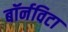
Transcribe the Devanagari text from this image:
बॉर्नविटा